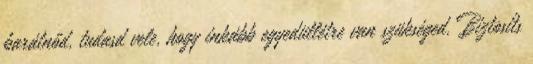
barátnőd, tudasd vele, hogy inkább egyedüllétre van szükséged. Biztosíts